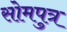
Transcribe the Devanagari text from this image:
सोमपुत्र